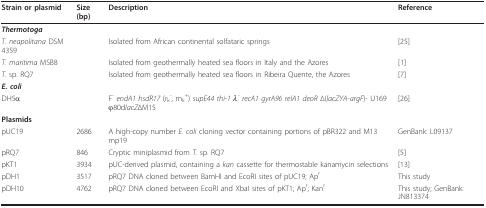
<table><thead><tr><td><b>Strain or plasmid</b></td><td><b>Size (bp)</b></td><td><b>Description</b></td><td><b>Reference</b></td></tr></thead><tbody><tr><td><b><i>Thermotoga</i></b></td><td></td><td></td><td></td></tr><tr><td><i>T</i>. <i>neapolitana </i>DSM 4359</td><td></td><td>Isolated from African continental solfataric springs</td><td>[25]</td></tr><tr><td><i>T. maritima </i>MSB8</td><td></td><td>Isolated from geothermally heated sea floors in Italy and the Azores</td><td>[1]</td></tr><tr><td><i>T</i>. sp. RQ7</td><td></td><td>Isolated from geothermally heated sea floors in Ribeira Quente, the Azores</td><td>[7]</td></tr><tr><td><b><i>E. coli</i></b></td><td></td><td></td><td></td></tr><tr><td>DH5α</td><td></td><td>F<sup>- </sup><i>endA1 hsdR17 </i>(r<sub>k</sub><sup>-</sup>, m<sub>k</sub><sup>+</sup>) <i>supE44 thi-1 λ<sup>- </sup>recA1 gyrA96 relA1 deoR </i>Δ(<i>lacZYA-argF</i>)- U169 φ80d<i>lacZ</i>ΔM15</td><td>[26]</td></tr><tr><td><b>Plasmids</b></td><td></td><td></td><td></td></tr><tr><td>pUC19</td><td>2686</td><td>A high-copy number <i>E. coli </i>cloning vector containing portions of pBR322 and M13 mp19</td><td>GenBank: L09137</td></tr><tr><td>pRQ7</td><td>846</td><td>Cryptic miniplasmid from <i>T</i>. sp. RQ7</td><td>[5]</td></tr><tr><td>pKT1</td><td>3934</td><td>pUC-derived plasmid, containing a <i>kan </i>cassette for thermostable kanamycin selections</td><td>[13]</td></tr><tr><td>pDH1</td><td>3517</td><td>pRQ7 DNA cloned between BamHI and EcoRI sites of pUC19; Ap<sup>r</sup></td><td>This study</td></tr><tr><td>pDH10</td><td>4762</td><td>pRQ7 DNA cloned between EcoRI and XbaI sites of pKT1; Ap<sup>r</sup>; Kan<sup>r </sup></td><td>This study; GenBank: JN813374</td></tr></tbody></table>